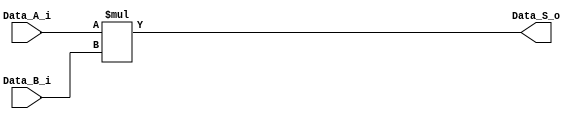
`timescale 1ns / 1ps
//////////////////////////////////////////////////////////////////////////////////
// Company: 
// 
// Design Name: 
// Module Name: multiplier_combinational
// Project Name: 
// Target Devices: 
// Tool Versions: 
// Description: multiplicador normal
// 
// Dependencies: 
// 
// Revision:
// Revision 0.01 - File Created
// Additional Comments:
// 
//////////////////////////////////////////////////////////////////////////////////


module multiplier_C
# (parameter W = 3/*,level=5*/) 
    (
    input wire [W-1:0] Data_A_i, //Puerto de W
    input wire [W-1:0] Data_B_i, //Port width of W
    output wire [2*W-1:0] Data_S_o //Port width of 2W
    );
    
      assign Data_S_o = Data_A_i * Data_B_i;   
    
`ifdef PRESTO
	always $display("Instanciacion: multiplier_C de Jorge, W: %d",W);
`endif
endmodule